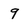
Character: 9